Leprosy in India: report of the Leprosy Commission in India, 1890-91
Year: 1890
Disease focus: Leprosy
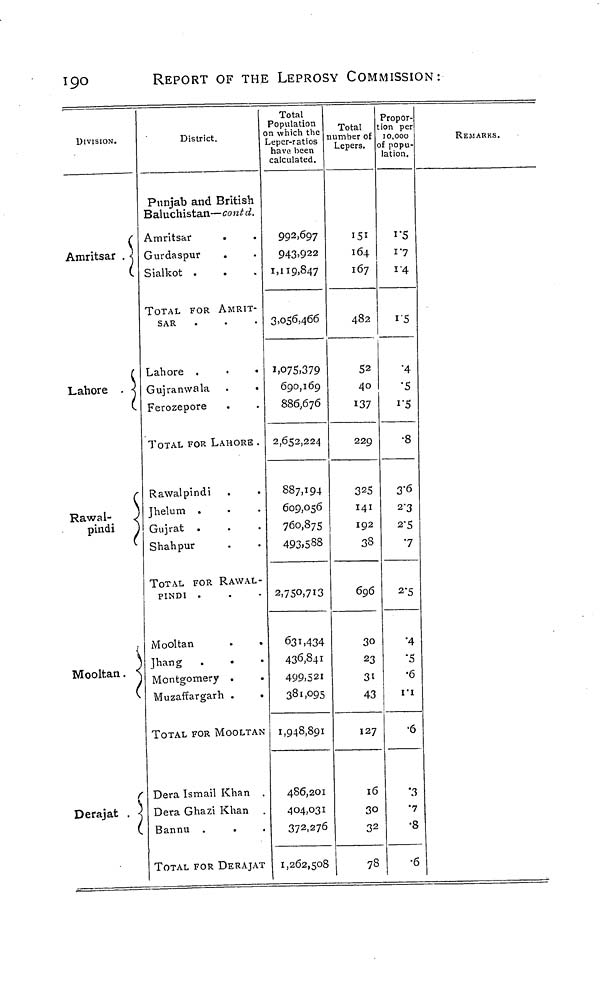
190
REPORT OF THE LEPROSY COMMISSION:
DIVISION.
Amritsar . <
Lahore . <
Rawal-
J
pindi
j
\
Mooltan. \
Derajat , <
District.
Punjab and British
Baluchistan— cont d.
Amritsar
Gurdaspur
Sialkot .
.
TOTAL FOR AMRIT-
SAR
Lahore .
.
•
Gujranwala .
.
Ferozepore
TOTAL FOR LAHORE .
Rawalpindi
Jhelum .
Gujrat .
Shahpur
TOTAL FOR RAWAL-
PINDI .
Mooltan
.
»
Jhang .
Montgomery .
Muzaffargarh .
TOTAL FOR MOOLTAN
Dera Ismail Khan
Dera Ghazi Khan
Bannu .
TOTAL FOR DERAJAT
Total
Population
on which the
Leper-ratios
have been
calculated.
992,697
943>922
1,119,847
3,056,466
1,075,379
690,169
886,676
2.652,224
887,194
609,056
760,875
493,588
2,750,713
631,434
436,841
499,521
381,095
1,948,891
486,201
404,031
372,276
1,262,508
Total
number of
Lepers.
151
164
167
482
52
40
137
229
325
141
192
38
696
30
23
31
43
127
16
30
32
78
Propor-
tion per
10,000
o£ popu-
lation.
1'5
I "7
i'4
i'S
•4
•5
i'5
•8
3-6
2-3
2-5
•7
2'5
•4
•5
•6
i'i
•6
'.3
•7
•8
•6
REMARKS.